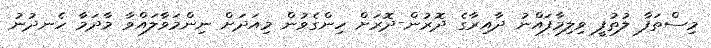
މިސްތަފާ ލުތުފީ ވިލިމާފައްނު ދާއިރާގެ ދޮރުން-ދޮރަށް ހިންގެވުން މިއަދަށް ނިންމަވާލައްވާ މާދަމާ ހެނދުނު